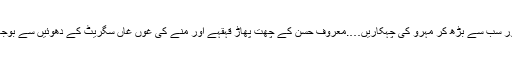
اس پر کبوتروں کی غٹر غوں اور سب سے بڑھ کر مہرو کی چہکاریں….معروف حسن کے چھت پھاڑ قہقہے اور منے کی غوں غاں سگریٹ کے دھوئیں سے بوجھل فضا میں زندگی کا پتہ دیتی۔